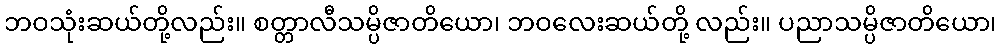
ဘဝသုံးဆယ်တို့လည်း။ စတ္တာလီသမ္ပိဇာတိယော၊ ဘဝလေးဆယ်တို့ လည်း။ ပညာသမ္ပိဇာတိယော၊